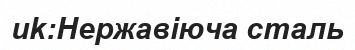
uk:Нержавіюча сталь